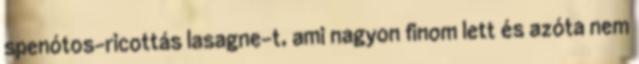
spenótos-ricottás lasagne-t, ami nagyon finom lett és azóta nem